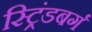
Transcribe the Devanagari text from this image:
स्ट्रिंडबर्ग